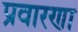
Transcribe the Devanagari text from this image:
प्रवारणा